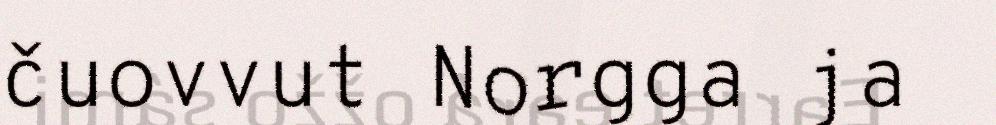
čuovvut Norgga ja